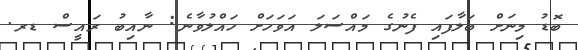
ބޮޑު މިނަށް ބަލާފައި ފެނުގެ މައްސަލަ އަވަހަށް ހައްލުވާނެ: ނާއިބު ރައީސް ޑރ.